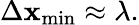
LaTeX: \Delta\mathbf{x}_{\mathrm{{min}}}\approx\lambda.